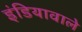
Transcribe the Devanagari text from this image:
इंडियावाले